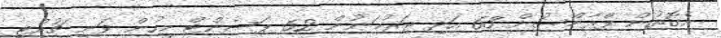
އެގޮތުން ފްރާންސުން 63 އަދި ޖަރުމަނުން 62 ޕަސެންޓް މީހުން ވަނީ ޗުއްޓީ